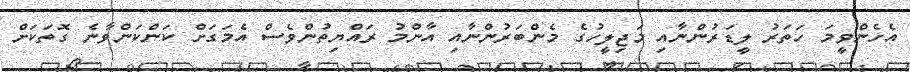
އެހެންވީމަ ހަތަރު ލީޑަރުންނާއި މަޖިލީހުގެ މެންބަރުންނާއި އާންމު ރައްޔިތުންވެސް އެމަގަށް ކަންކަންވާނެ ގޮތަކަށް